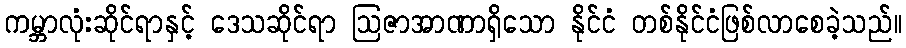
ကမ္ဘာလုံးဆိုင်ရာနှင့် ဒေသဆိုင်ရာ ဩဇာအာဏာရှိသော နိုင်ငံ တစ်နိုင်ငံဖြစ်လာစေခဲ့သည်။